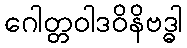
ဂေါတ္တဝါဒဝိနိဗဒ္ဓါ